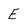
Character: e